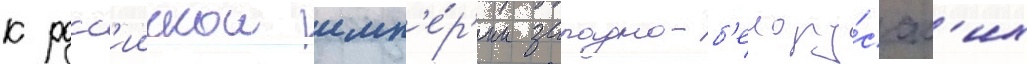
к росс'иискои имп'е́р'ии западно-б'елору́сск'их